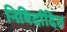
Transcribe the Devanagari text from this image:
निविर्दादित